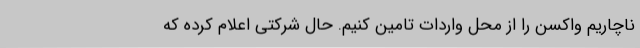
ناچاریم واکسن را از محل واردات تامین کنیم. حال شرکتی اعلام کرده که